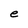
Character: e